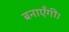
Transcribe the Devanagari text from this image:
बनाएँगी।